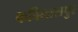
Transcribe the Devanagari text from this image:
कबिलासपुर